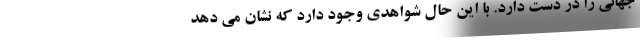
جهانی را در دست دارد. با این حال شواهدی وجود دارد که نشان می دهد